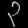
Digit: ၃